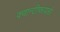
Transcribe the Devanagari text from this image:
क्वान्टीफायर्स